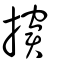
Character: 㩈